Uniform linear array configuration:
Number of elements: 8
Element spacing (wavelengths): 1
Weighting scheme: hamming
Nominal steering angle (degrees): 60
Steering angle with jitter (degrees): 59.244
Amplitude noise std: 0.05
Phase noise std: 0.05

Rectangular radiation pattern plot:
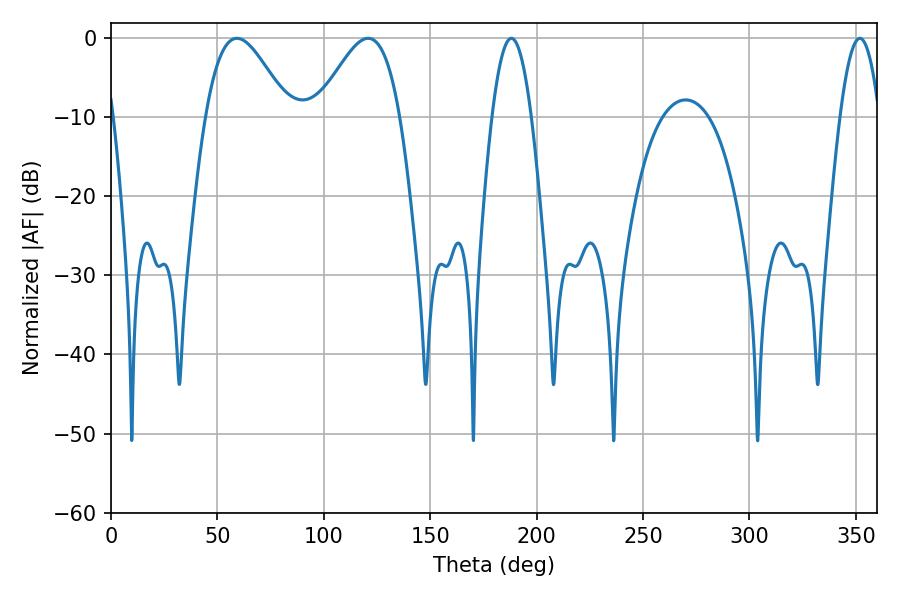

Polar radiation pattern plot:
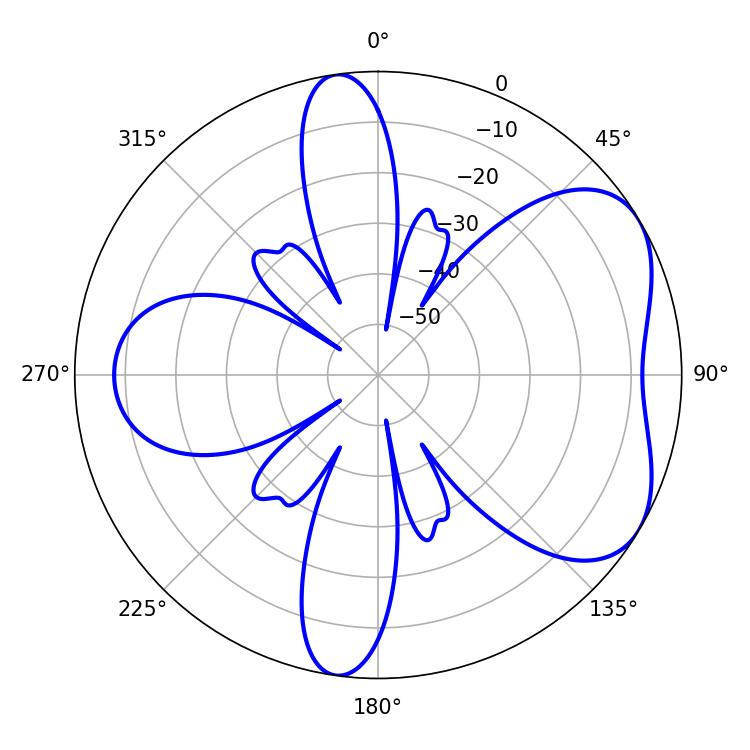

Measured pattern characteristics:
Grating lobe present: TRUE
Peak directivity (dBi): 5.248
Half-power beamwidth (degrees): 10.08
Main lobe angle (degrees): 188.1